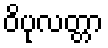
ဝိပုလတ္တာ